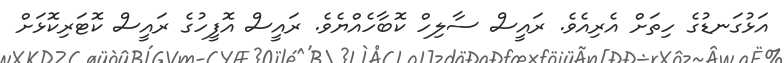
އަޅުގަނޑުގެ ހިތަށް އެރިއެވެ. ރައީސް ސާލިހް ކޮބާހެއްޔެވެ. ރައީސް އޮފީހުގެ ރައީސް ކޮޓަރިކޮޅަށް